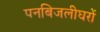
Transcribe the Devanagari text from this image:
पनबिजलीघरों